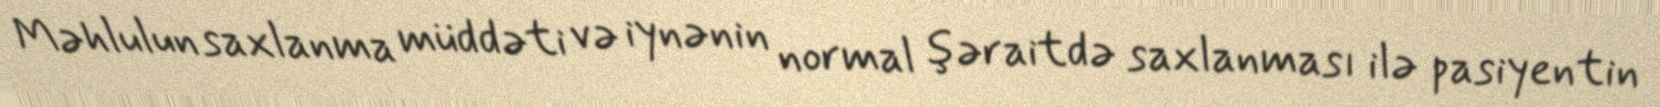
Məhlulun saxlanma müddəti və iynənin normal şəraitdə saxlanması ilə pasiyentin